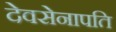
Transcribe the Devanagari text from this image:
देवसेनापति